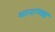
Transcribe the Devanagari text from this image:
थानाध्यक्ष